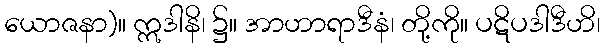
ယောဇနာ)။ ဣဒါနိ၊ ၌။ အာဟာရာဒီနံ၊ တို့ကို။ ပဋိပဒါဒီဟိ၊